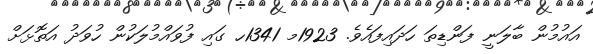
އައުމުން ބާލަނީ ފަންޑިތަ ހަދައިފައެވެ. 1923މ 1341ހ ގައި ފުވައްމުލަކުން ހުވަދު އަތޮޅަށް